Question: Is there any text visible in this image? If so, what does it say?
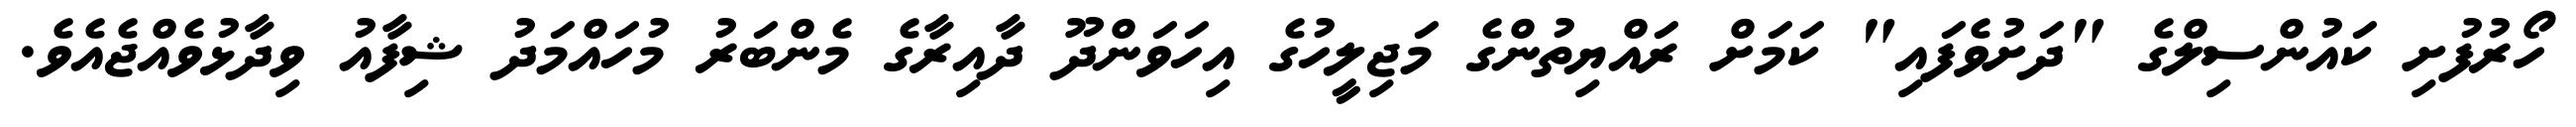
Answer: ހޯރުފުށި ކައުންސިލްގެ "ދަށުވެފައި" ކަމަށް ރައްޔިތުންގެ މަޖިލީހުގެ އިހަވަންދޫ ދާއިރާގެ މެންބަރު މުހައްމަދު ޝިފާއު ވިދާޅުވެއްޖެއެވެ.